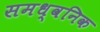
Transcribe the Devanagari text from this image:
समध्वनिक